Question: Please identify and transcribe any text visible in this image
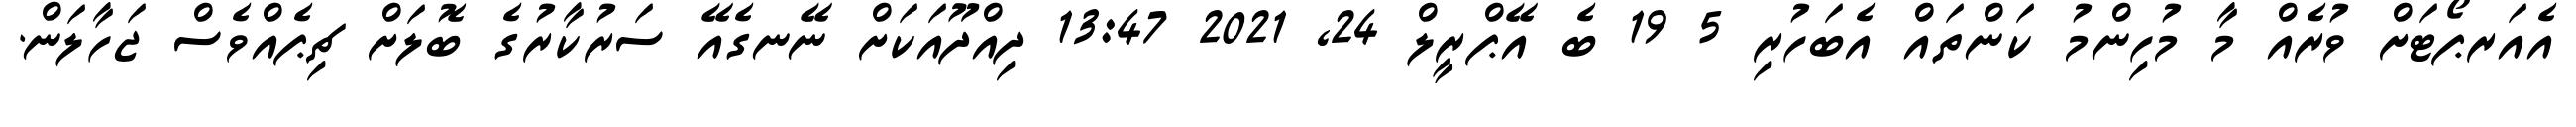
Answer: އެއަރޕޯޓަށް ވުރެއް މާ މުހިންމު ކަންތައް އެބަހުރި 5 19 ބެ އޭޕްރީލް 24, 2021 13:47 ދިއްދޫއަކަށް ނޭނގެއޭ ސަރުކާރުގެ ބޮލަށް ޗިޕެއްވެސް ޖަހާލަން.